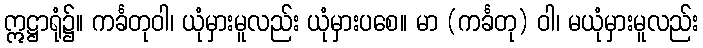
ဣဋ္ဌာရုံ၌။ ကင်္ခတုဝါ၊ ယုံမှားမူလည်း ယုံမှားပစေ။ မာ (ကင်္ခတု) ဝါ၊ မယုံမှားမူလည်း